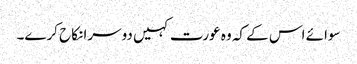
سوائے اس کے کہ وہ عورت کہیں دوسرا نکاح کرے۔